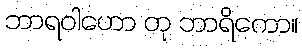
ဘာရဝါဟော တု ဘာရိကော။